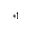
^ { * 1 }